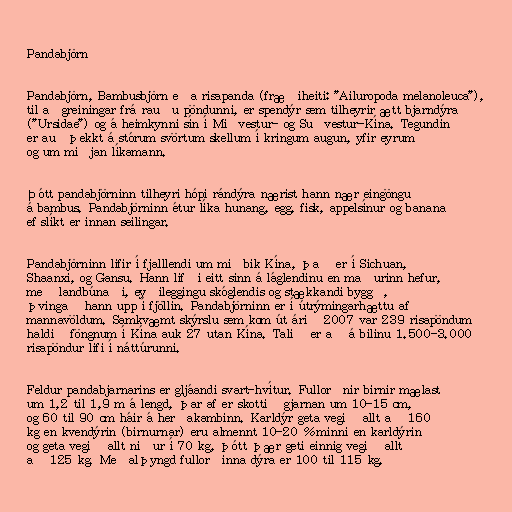
Pandabjörn

Pandabjörn, Bambusbjörn eða risapanda (fræðiheiti: "Ailuropoda melanoleuca"),
til aðgreiningar frá rauðu pöndunni, er spendýr sem tilheyrir ætt bjarndýra
("Ursidae") og á heimkynni sín í Miðvestur- og Suðvestur-Kína. Tegundin
er auðþekkt á stórum svörtum skellum í kringum augun, yfir eyrum
og um miðjan líkamann.

Þótt pandabjörninn tilheyri hópi rándýra nærist hann nær eingöngu
á bambus. Pandabjörninn étur líka hunang, egg, fisk, appelsínur og banana
ef slíkt er innan seilingar.

Pandabjörninn lifir í fjalllendi um miðbik Kína, það er í Sichuan,
Shaanxi, og Gansu. Hann lifði eitt sinn á láglendinu en maðurinn hefur,
með landbúnaði, eyðileggingu skóglendis og stækkandi byggð,
þvingað hann upp í fjöllin. Pandabjörninn er í útrýmingarhættu af
mannavöldum. Samkvæmt skýrslu sem kom út árið 2007 var 239 risapöndum
haldið föngnum í Kína auk 27 utan Kína. Talið er að á bilinu 1.500-3.000
risapöndur lifi í náttúrunni.

Feldur pandabjarnarins er gljáandi svart-hvítur. Fullorðnir birnir mælast
um 1,2 til 1,9 m á lengd, þar af er skottið gjarnan um 10-15 cm,
og 60 til 90 cm háir á herðakambinn. Karldýr geta vegið allt að 160
kg en kvendýrin (birnurnar) eru almennt 10-20 % minni en karldýrin
og geta vegið allt niður í 70 kg, þótt þær geti einnig vegið allt
að 125 kg. Meðalþyngd fullorðinna dýra er 100 til 115 kg.